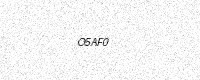
Text: O5AF0